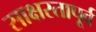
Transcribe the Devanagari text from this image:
साक्षरतापूर्व